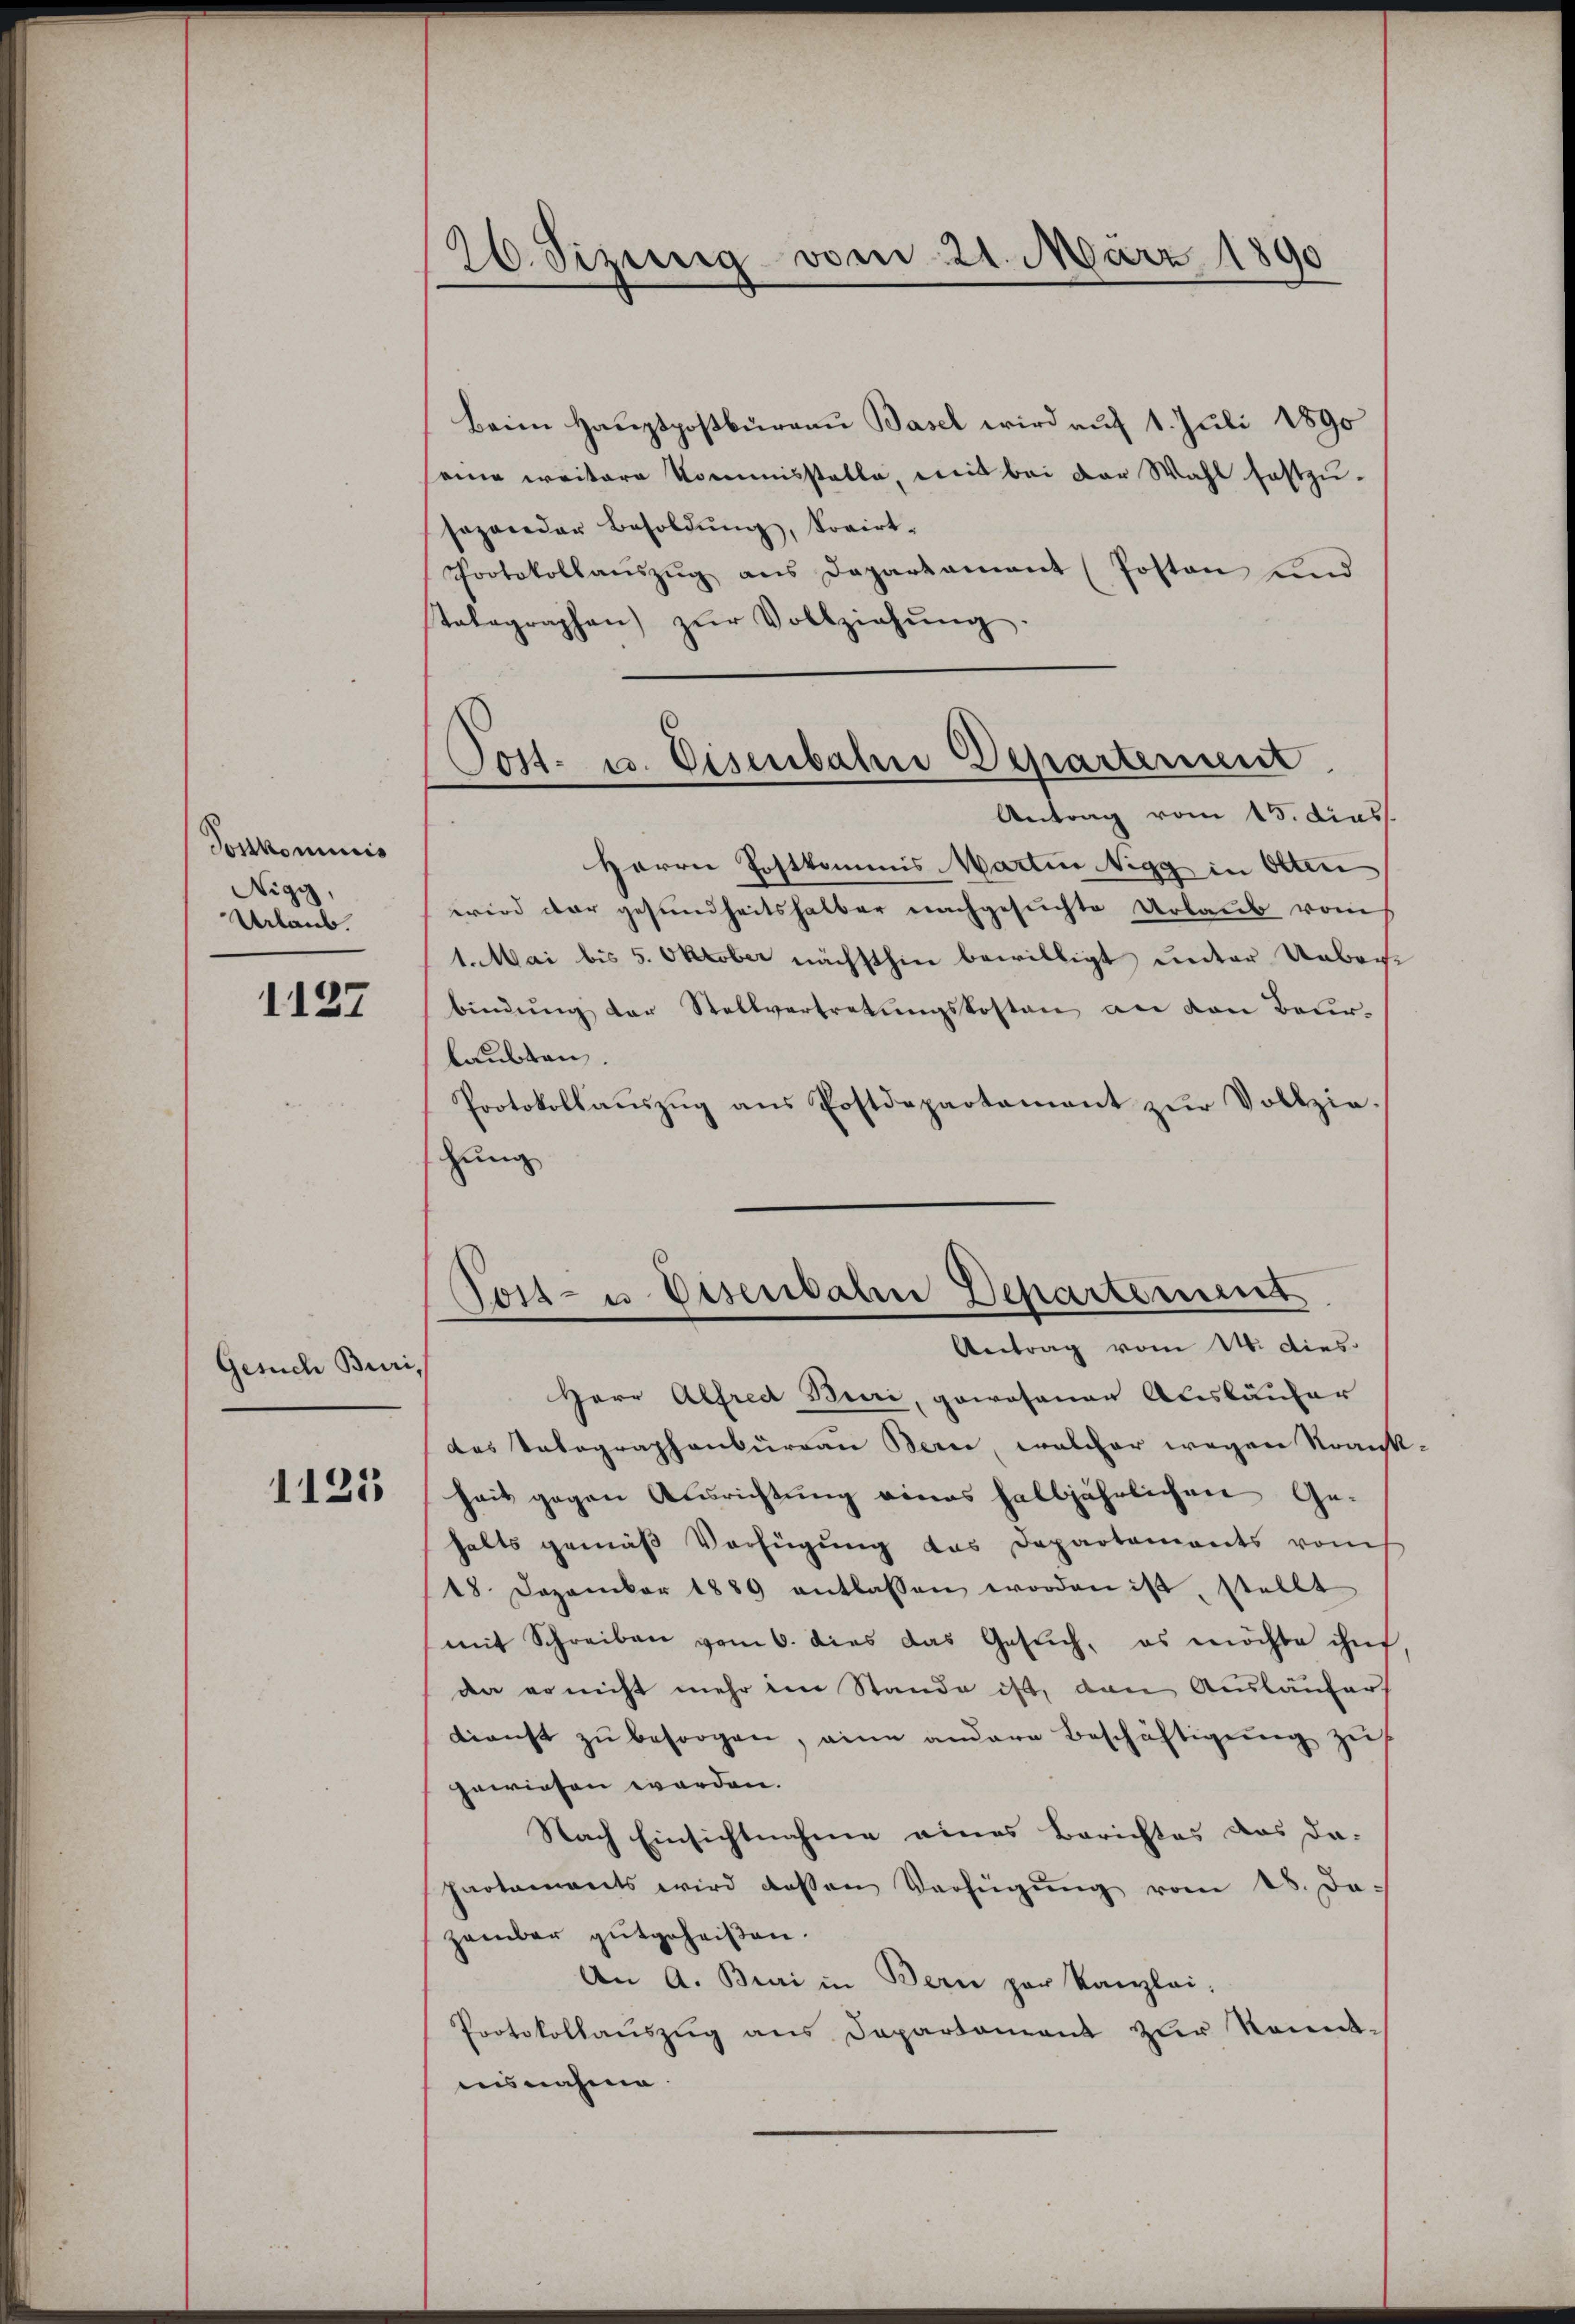
Toskominis
Nigy,
Urlaub.

1127

Gesuch Buri,

1121

26. Sizung vom 21. März 1890

Beim Hauptpostbüreau Basel wird auf 1. Juli 1890
seine weitere Kommisstatte, mit bei der Wahl festzu-
sozander Besoldŭng, Sovirt-
Protokollaṁzŭg ans Departamant (Posten und
tolographen zŭr Vollziehŭng
Herrn Postkommis Martin Nigg in Olten
wird dar gesundheitshalber nachgesuchte Urlaub vom
1. Mai bis 5. Oktober nächsthin bewilligt unter Ueber
bindŭng der Stellvertretŭngskosten an den Beur-
laubten.
Protokollauszug aus Postdepartament zur Vollziehung
Post- u Eisenbale Departement
Antrag vom 16. dies
Herr Alfred Buri, gewesenen Auskäufer
des Telegraphenburgau Bern, welcher wegen Stran
heit gegen Ausrichtung eines halbjährlichen Ge-
halts gemäß Verfügung das Departements vom
18. Dezember 1889 entlassen worden ist, stellt
mit Schreiben vom 6. dies das Gesŭch, es möchte ihn
da er nicht mehr im Stande ist, den Ausläufer
dienst zu besorgen, eine andere Beschäftigung zu
gewiesen worden.
Nach Einsichtnahme eines Berichtes das da-
Paotaments wird dessen Verfügŭng vom 28. Da-
zember gutgeheißen.
An A. Buai in Bern par Kanzlei-
Protokollaŭszŭg ans Departament zŭr Kennt-
ausnahme.

Post- u. Eisenbahn Departement
Antrag vom 15. dies